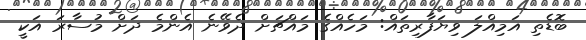
ބޮޑެތި އަމިއްލަ ވިޔަފާރިތައް: މަހެއްގެ މައްޗަށް ދެވޭނެ އެންމެ ދަށް މުސާރަ އަކީ